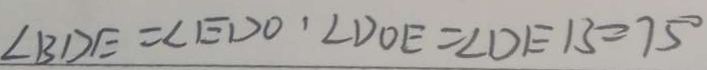
\angle B D E = \angle E D O ^ { , } \angle D O E = \angle D E B = 7 5 ^ { \circ }